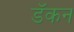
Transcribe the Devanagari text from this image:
डॅकन